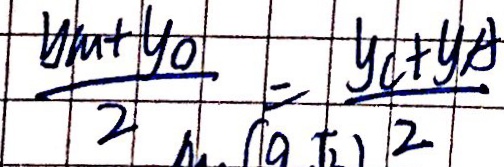
\frac { ( y _ { m } + y _ { o } ) } { 2 } = \frac { y _ { c } + y _ { A } } { 2 }